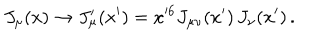
J _ { \mu } ( x ) \rightarrow J _ { \mu } ^ { \prime } ( x ^ { \prime } ) = x ^ { 6 } J _ { \mu \nu } ( x ^ { \prime } ) \, J _ { \nu } ( x ^ { \prime } ) \, .